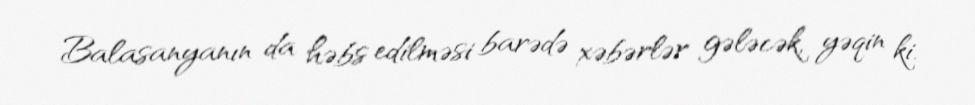
Balasanyanın da həbs edilməsi barədə xəbərlər gələcək, yəqin ki.